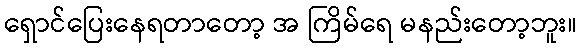
ရှောင်ပြေးနေရတာတော့ အ ကြိမ်ရေ မနည်းတော့ဘူး။